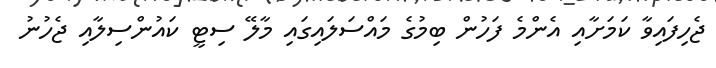
ޖެހިފައިވާ ކަމަށާއި އެންމެ ފަހުން ބިމުގެ މައްސަލައިގައި މާލޭ ސިޓީ ކައުންސިލާއި ޖެހުނު